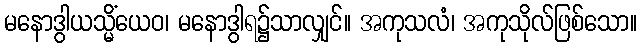
မနောဒွါယသ္မိံယေဝ၊ မနောဒွါရ၌သာလျှင်။ အကုသလံ၊ အကုသိုလ်ဖြစ်သော။